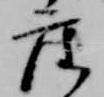
座